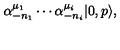
\alpha _ { - n _ { 1 } } ^ { \mu _ { 1 } } \cdots \alpha _ { - n _ { i } } ^ { \mu _ { i } } | 0 , p \rangle ,